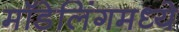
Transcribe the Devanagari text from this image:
मॉडेलिंगमध्ये